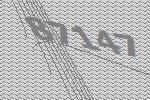
87147